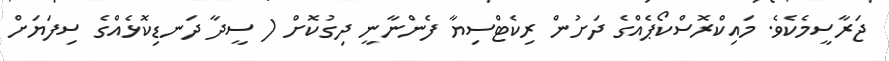
ޖަރާސީމެކެވެ. މައިކްރޮސްކޯޕެއްގެ ދަށުން ރިކެޓްސިޔާ ފެންނާނީ ދިގުކޮށް ( ސީދާ ދަނޑިކޮޅެއްގެ ސިފަަޔަށް